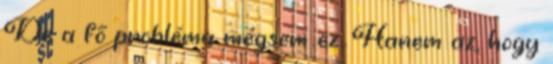
De a fő probléma mégsem ez. Hanem az, hogy